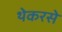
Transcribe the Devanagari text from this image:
थेकरसे